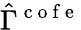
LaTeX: \hat{\Gamma}^{\mathrm{~c~o~f~e~}}